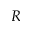
R